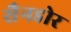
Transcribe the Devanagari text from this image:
सैनडोर